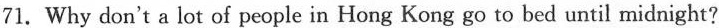
71. Why don 71. Why don{\prime} t a lot of people in Hong Kong go to bed until midnight?